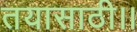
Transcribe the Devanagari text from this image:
तयासाठी।।